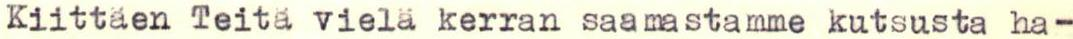
Kiittäen Teitä vielä kerran saamastamme kutsusta ha-